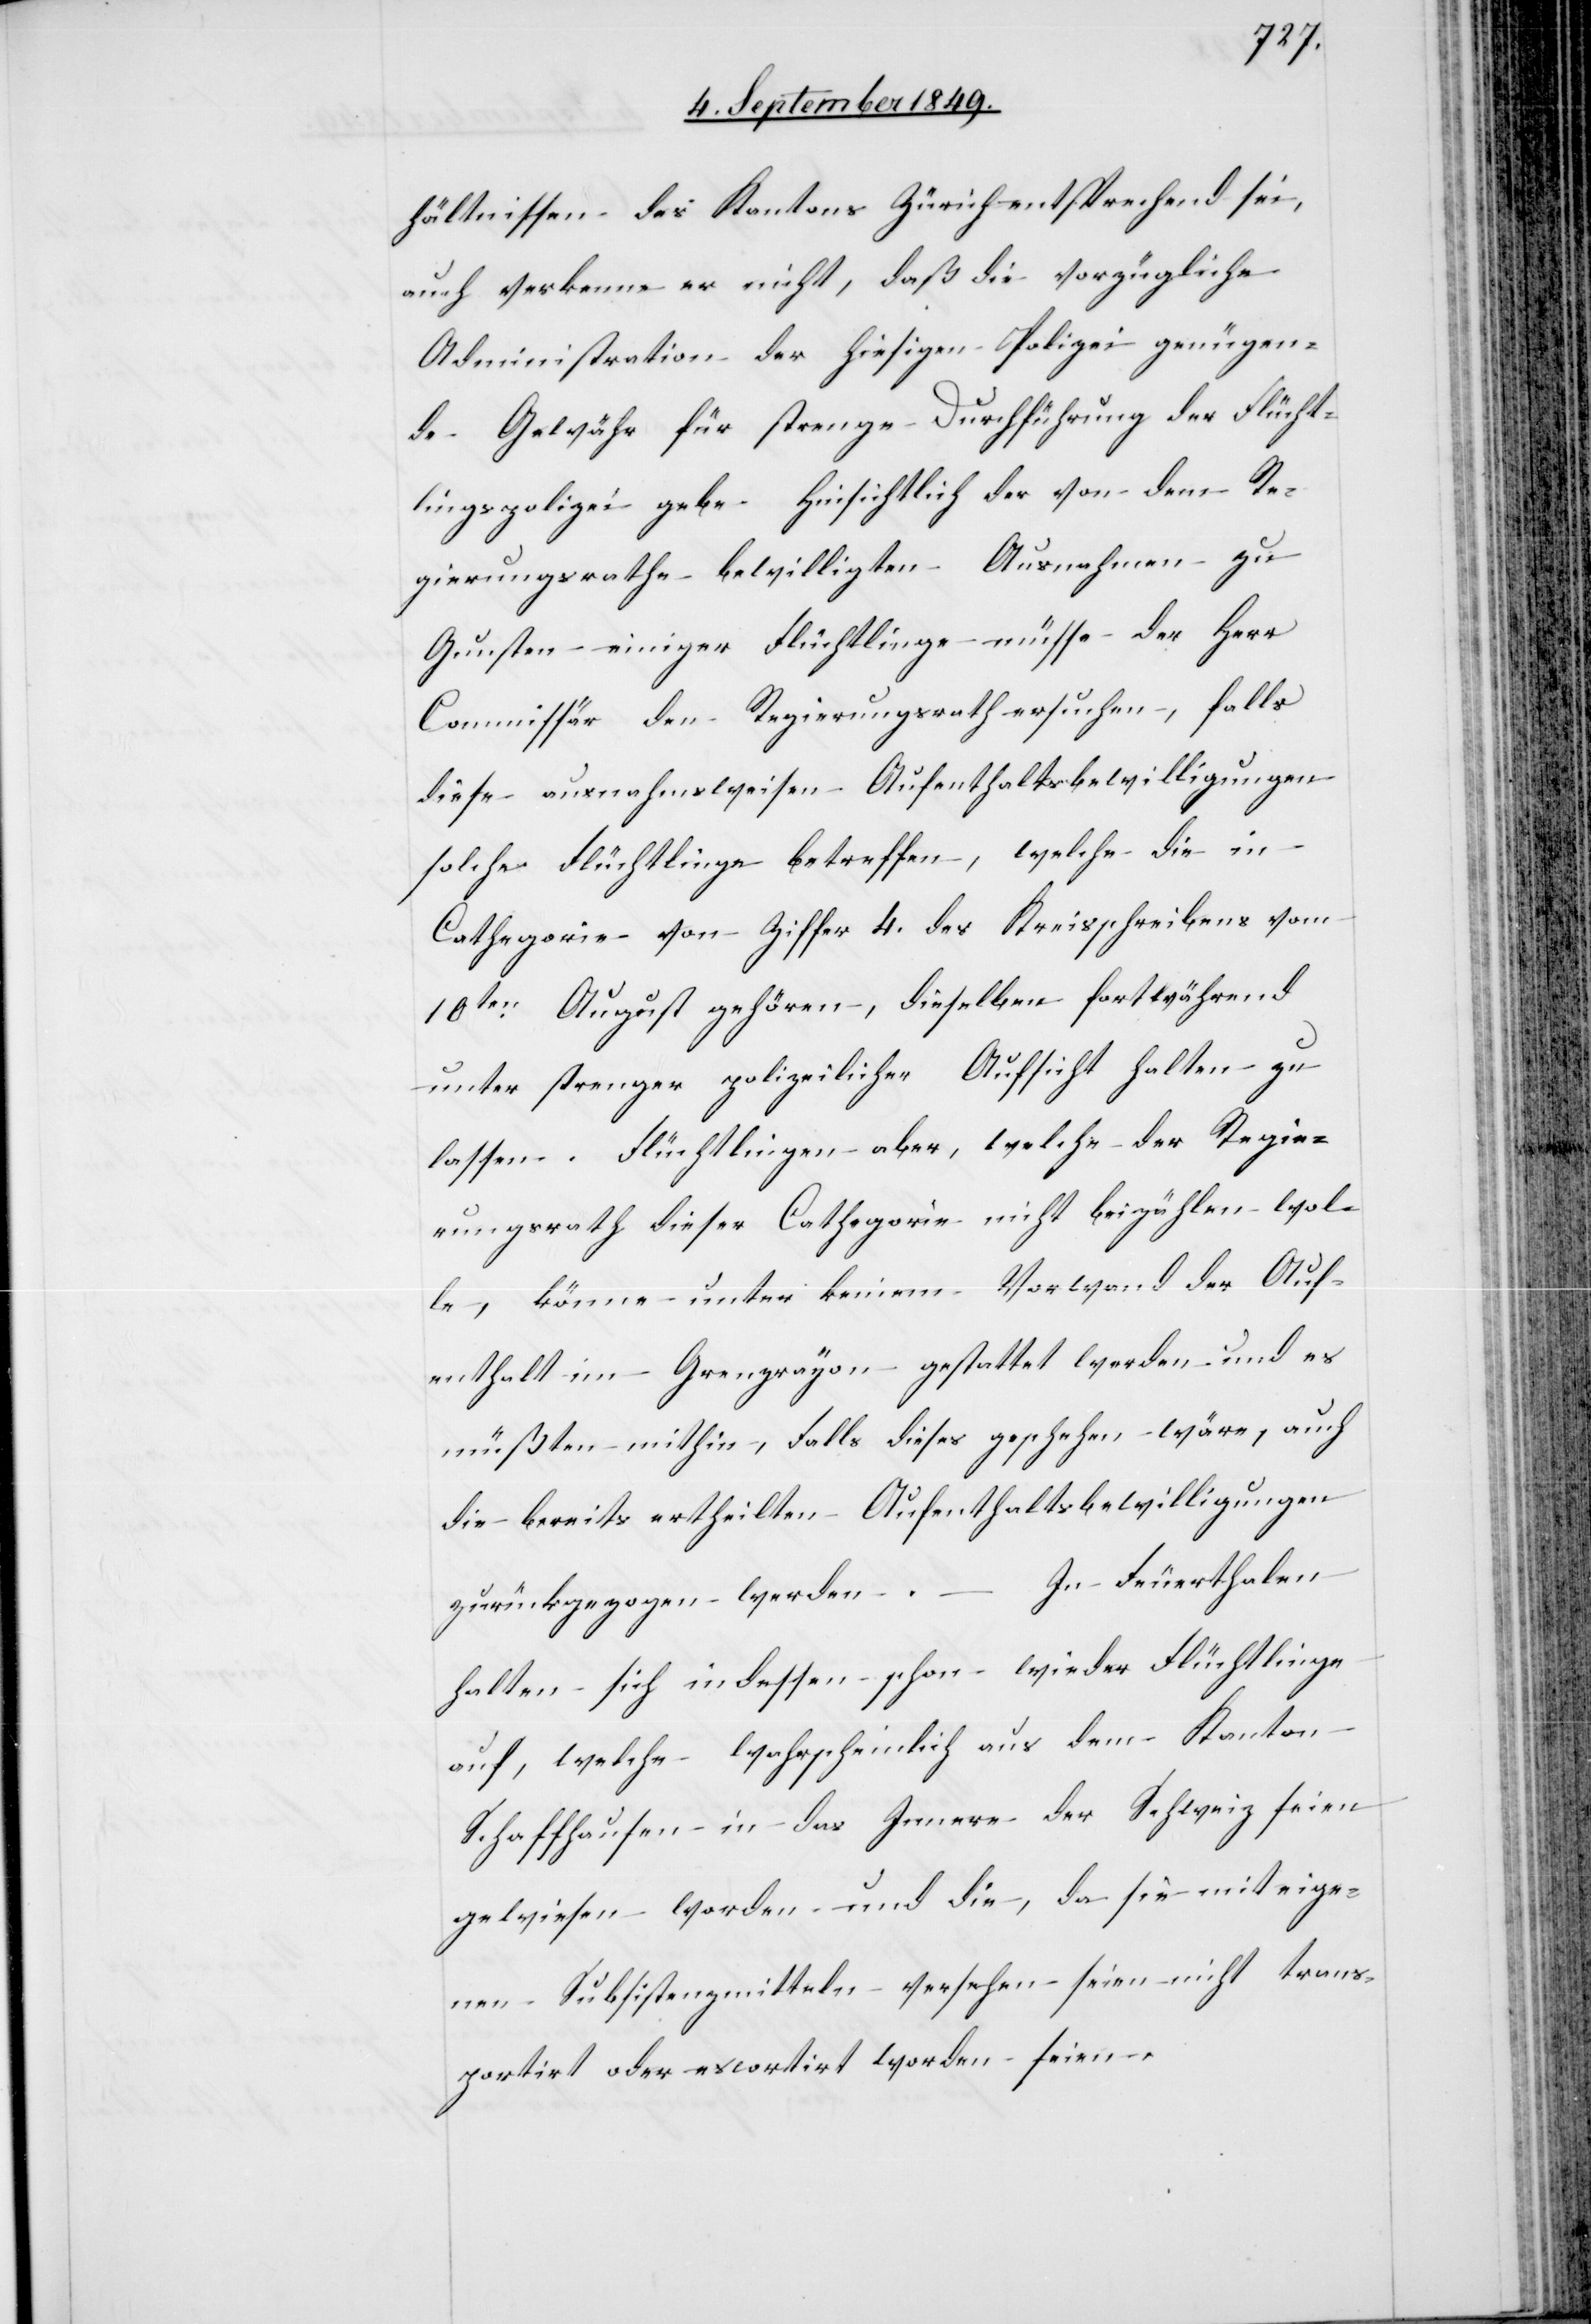
hältnissen des Kantons Zürich entsprechend sei,
auch verkenne er nicht, daß die vorzügliche
Administration der hiesigen Polizei genügen¬
de Gewähr für strenge Durchführung der Flücht¬
lingspolizei gebe. Hinsichtlich der von dem Re¬
gierungsrathe bewilligten Ausnahmen zu
Gunsten einiger Flüchtlinge müsse der Herr
Commissär den Regierungsrath ersuchen, falls
diese ausnahmsweisen Aufenthaltsbewilligungen
solche Flüchtlinge betreffen, welche die in
Cathegorie von Ziffer 4. des Kreisschreibens vom
10ten August gehören, dieselben fortwährend
unter strenger polizeilicher Aufsicht halten zu
lassen. Flüchtlingen aber, welche der Regie¬
rungsrath dieser Cathegorie nicht beizählen wol¬
le, könne unter keinem Vorwand der Auf¬
enthalt im Grenzrayon gestattet werden und es
müßten mithin, Falls dieses geschehen wäre, auch
die bereits ertheilten Aufenthaltsbewilligungen
zurückgezogen werden. – In Feuerthalen
halten sich indessen schon wieder Flüchtlinge
auf, welche wahrscheinlich aus dem Kanton
Schaffhausen in das Innere der Schweiz seien
gewiesen worden und die, da sie mit eige¬
nen Subsistenzmitteln versehen seien nicht trans¬
portirt oder escortirt worden seien.